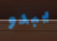
يبدو